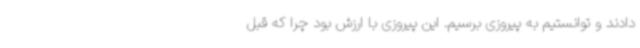
دادند و توانستیم به پیروزی برسیم. این پیروزی با ارزش بود چرا که قبل